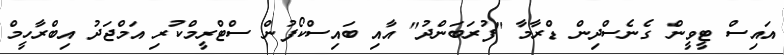
އައިސް ޓީވީން ގެނެސްދިން ޑްރާމާ "ފުރަބަންދު" އާއި ބައިސްކޯފުން ސްޓްރީމްކުރި އަމްޖަދު އިބްރާހީމް